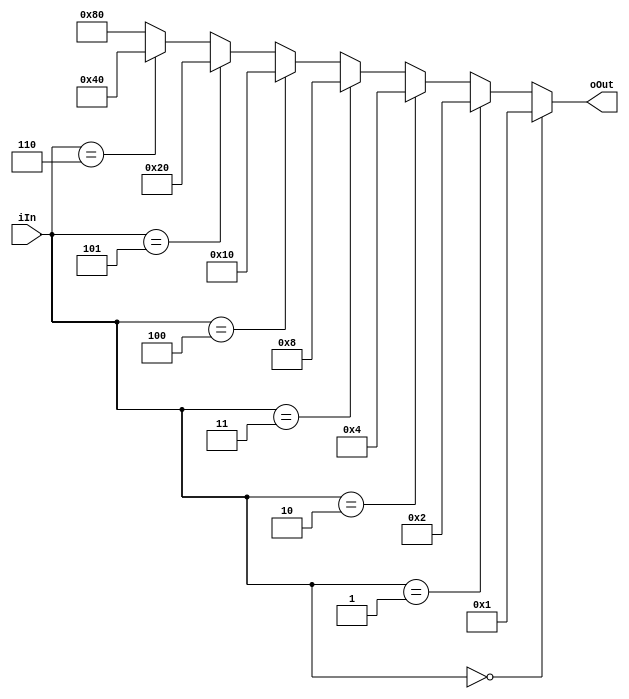
module decoder_3to8 (input [2:0] iIn, output [7:0] oOut);
    assign oOut = (iIn == 3'b000) ? 8'b0000_0001 :
                (iIn == 3'b001) ? 8'b0000_0010 :
                (iIn == 3'b010) ? 8'b0000_0100 :
                (iIn == 3'b011) ? 8'b0000_1000 :
                (iIn == 3'b100) ? 8'b0001_0000 :
                (iIn == 3'b101) ? 8'b0010_0000 :
                (iIn == 3'b110) ? 8'b0100_0000 :
                                 8'b1000_0000 ;
endmodule